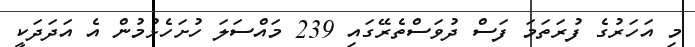
މި އަހަރުގެ ފުރަތަމަ ފަސް ދުވަސްތެރޭގައި 239 މައްސަލަ ހުށަހެޅުމުން އެ އަދަދަކީ